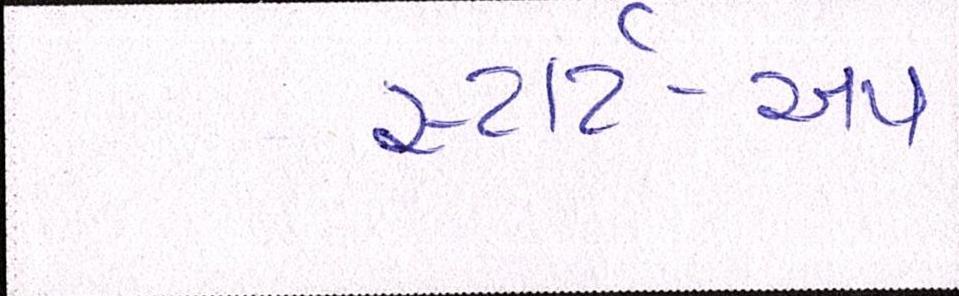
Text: સ્ટાર્ટ-અપ